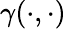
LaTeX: \gamma(\cdot,\cdot)